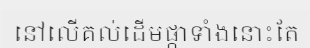
នៅលើគល់ដើមផ្កាទាំងនោះតែ